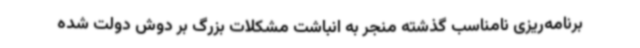
برنامه‌ریزی نامناسب گذشته منجر به انباشت مشکلات بزرگ بر دوش دولت شده